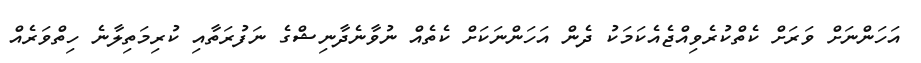
އަހަންނަށް ވަރަށް ކެތްކުރެވިއްޖެއެކަމަކު ދެން އަހަންނަކަށް ކެތެއް ނުވާނެދާނިޝްގެ ނަފުރަތާާއި ކުރިމަތިލާނެ ހިތްވަރެއް